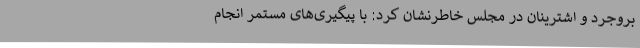
بروجرد و اشترینان در مجلس خاطرنشان کرد: با پیگیری‌های مستمر انجام